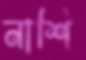
নাশি